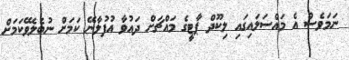
ނަަމަވެސް އެ މައްސަލައިގައި ލިކޫދް ޕާޓީގެ މައްޗަށް ދައުވާ އުފުލާނޭ ކަމަށް ނުބެލެވޭކަމަށް